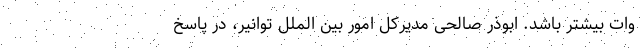
وات بیشتر باشد. ابوذر صالحی مدیرکل امور بین الملل توانیر، در پاسخ